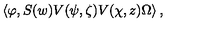
\left\langle \varphi , S ( w ) V ( \psi , \zeta ) V ( \chi , z ) \Omega \right\rangle ,